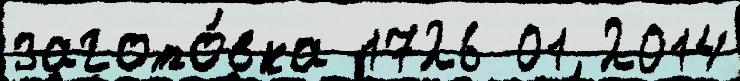
загото́вка 1726 01 2014